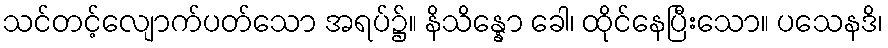
သင်တင့်လျောက်ပတ်သော အရပ်၌။ နိသိန္နော ခေါ၊ ထိုင်နေပြီးသော။ ပသေနဒိ၊